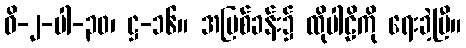
ဝိ-၂-ပါ-၃၀၊ ဋ္ဌ-၁၆။ အပြစ်ခန်း၌ ထိုပါဠိကို ရေးခဲ့ပြီ။